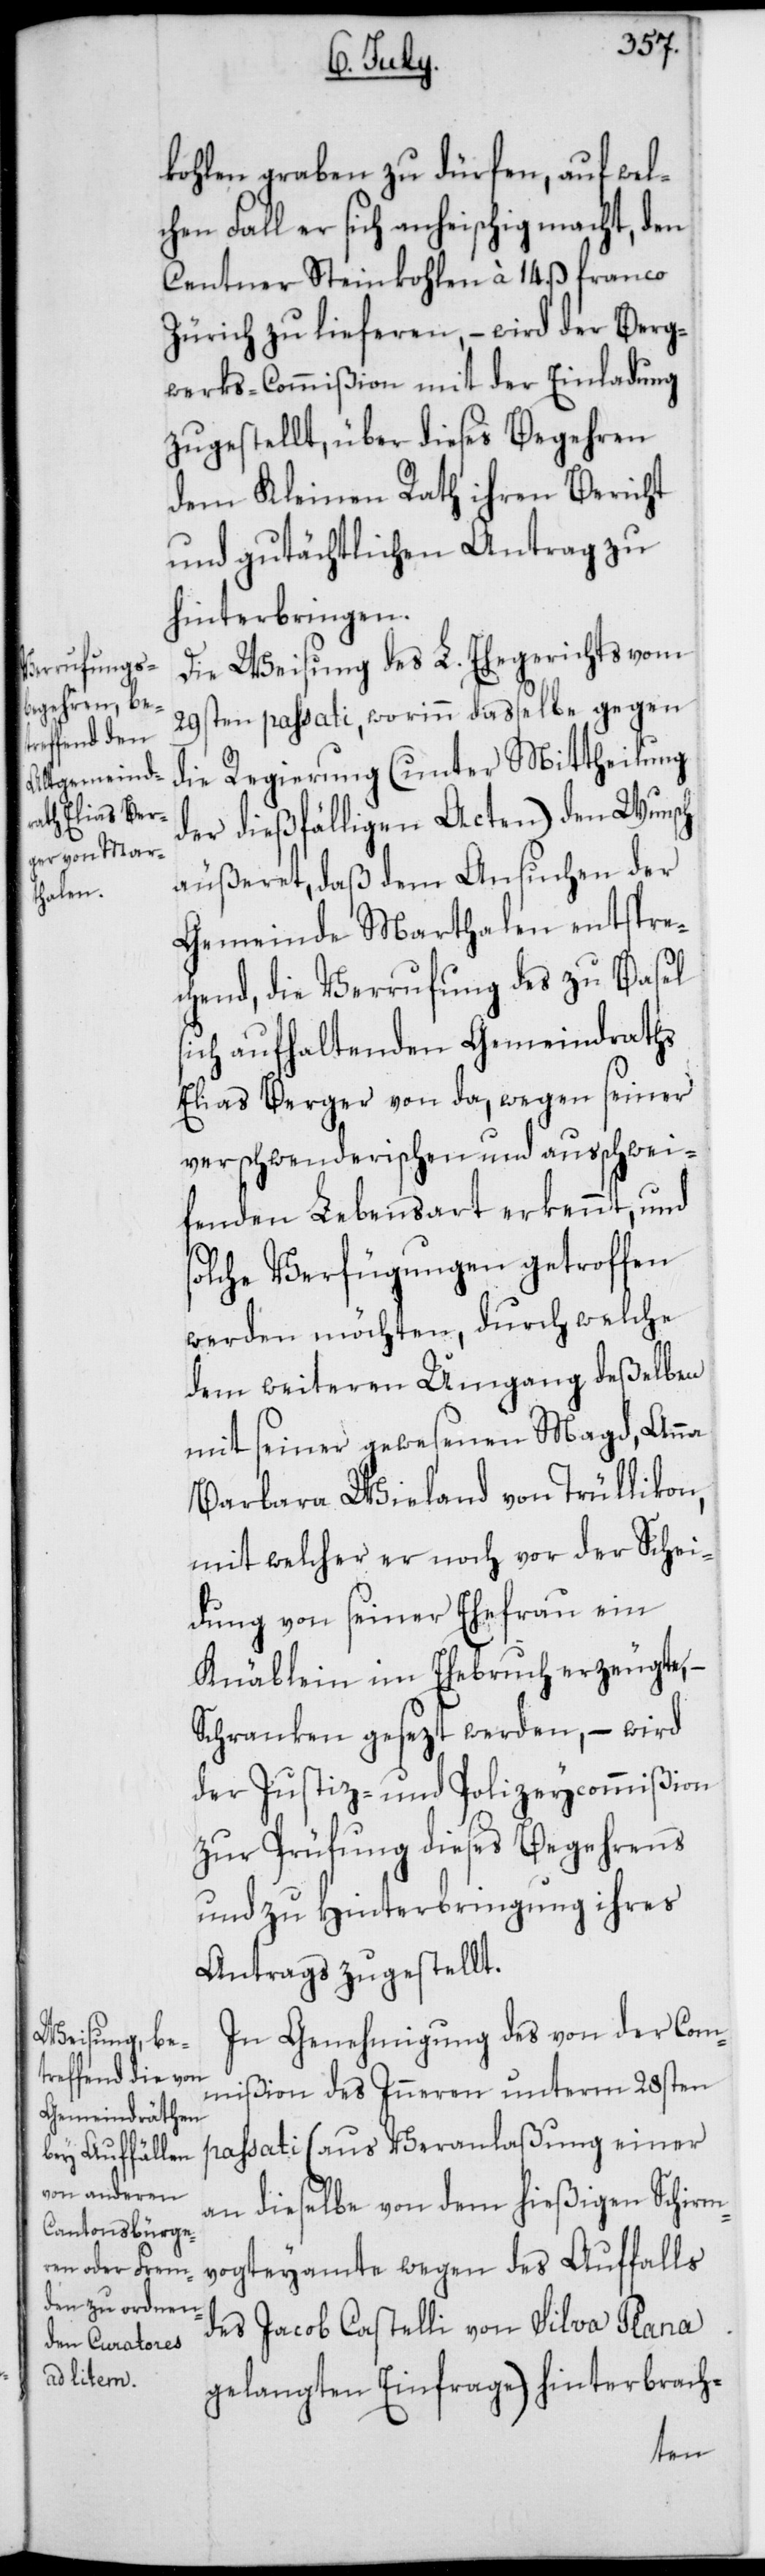
kohlen graben zu dürfen, auf wel¬
chen Fall er sich anheischig macht, den
Centner Steinkohlen à 14. ß franco
Zürich zu lieferen, – wird der Berg¬
werks-Commißion mit der Einladung
zugestellt, über dieses Begehren
dem Kleinen Rath ihren Bericht
und gutächtlichen Antrag zu
hinterbringen.
Die Weisung des L. Ehegerichts vom
29sten passati, worinn daßelbe gegen
die Regierung (unter Mittheilung
der dießfälligen Acten) den Wunsch
äußeret, daß dem Ansuchen der
Gemeinde Marthalen entspre¬
chend, die Verrufung des zu Basel
sich aufhaltenden Gemeindraths
Elias Berger von da, wegen seiner
verschwenderischen und ausschwei¬
fenden Lebensart erkennt, und
solche Verfügungen getroffen
werden möchten, durch welche
dem weiteren Umgang deßelben
mit seiner gewesenen Magd, Anna
Barbara Wieland von Trüllikon,
mit welcher er noch vor der Schei¬
dung von seiner Ehefrau ein
Knäblein im Ehebruch erzeugte, –
Schranken gesezt werden, – wird
der Justiz- und Polizeycommißion
zur Prüfung dieses Begehrens
und zu Hinterbringung ihres
Antrags zugestellt.
In Genehmigung des von der Com¬
mißion des Inneren unterm 28sten
passati (aus Veranlaßung einer
an dieselbe von dem hießigen Schirm¬
vogteyamte wegen des Auffalls
des Jacob Castelli von Silva Plana
gelangten Einfrage) hinterbrach-